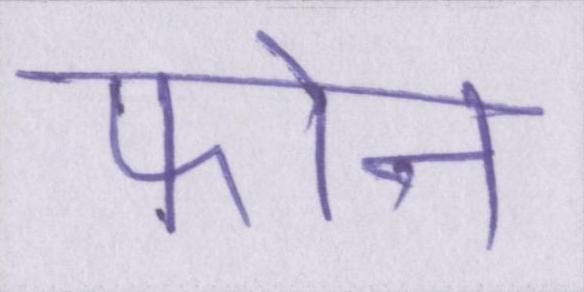
फोन